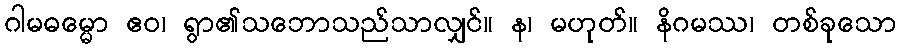
ဂါမဓမ္မော ဧဝ၊ ရွာ၏သဘောသည်သာလျှင်။ န၊ မဟုတ်။ နိဂမဿ၊ တစ်ခုသော